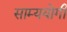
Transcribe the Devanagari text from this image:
साम्ययोगी